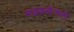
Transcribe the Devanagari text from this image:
माइकलेंजलो